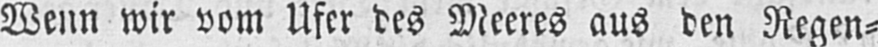
Wenn wir vom Ufer des Meeres aus den Regen⸗